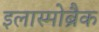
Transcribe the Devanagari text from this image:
इलास्मोब्रैक